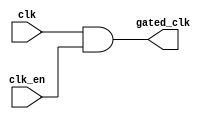
module clk_gate (clk,clk_en,gated_clk);

input  clk;
input  clk_en;
output gated_clk;

reg ff_clk_en;

always @(clk, clk_en)
begin
      ff_clk_en <= clk_en;
   if(~clk)
      ff_clk_en <= clk_en;  
end


assign gated_clk = clk & ff_clk_en;


endmodule